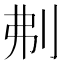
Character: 刜